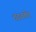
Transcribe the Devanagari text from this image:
दहशतीत